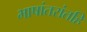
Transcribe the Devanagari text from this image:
भाषांतरांतहि